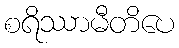
စရိဿာမီတိပေ